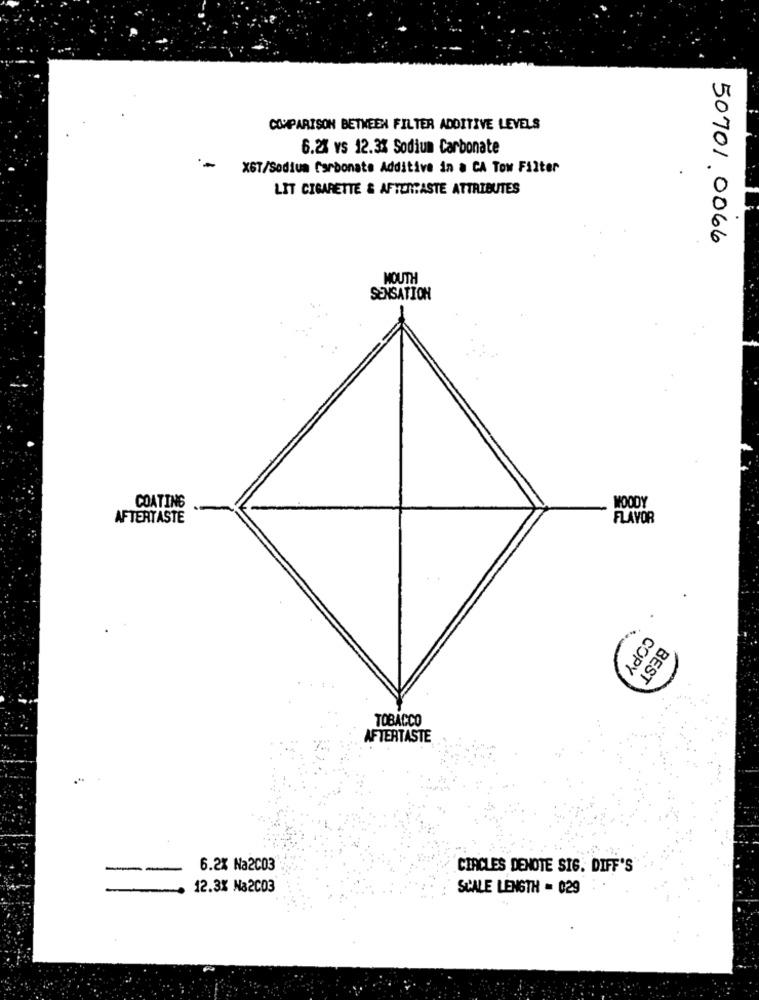
COMPARISON BETWEEN FILTER ADDITIVE LEVELS
6.2% vs 12.3% Sodium Carbonate
XGT/Sodium Carbonate Additive in a CA Tow Filter
LIT CIGARETTE & AFTERTASTE ATTRIBUTES
50701. 0066
MOUTH
SENSATION
WOODY
COATING
AFTERTASTE
FLAVOR
.
COPY
BEST
TOBACCO
AFTERTASTE
6.2% Na2CO3
CIRCLES DENOTE SIG. DIFF'S
12.3% Na2CO3
SCALE LENGTH = 029